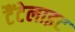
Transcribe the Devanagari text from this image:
टैंटेलाइट